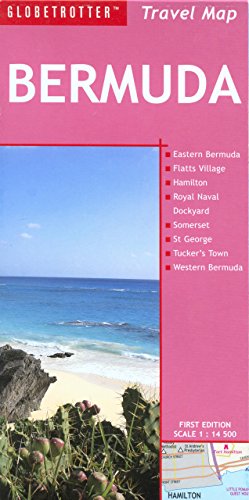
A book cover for Travel Map Bermuda (Globetrotter Travel Map); Globetrotter; Travel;